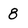
Character: 8